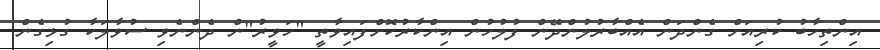
އިންތިހާބު ކުރިއަށް ގެންދަން އެއްބާރުލުންދޭން ފުލުހުން އިންކާރުކޮށްފައިވާތީ "ހަވީރު"ން ދެންނެވި ސުވާލަކާ ގުޅިގެން